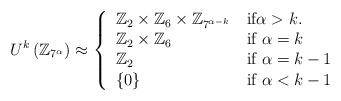
LaTeX: \begin{align*}U^{k}\left( \mathbb{Z}_{7^{\alpha}}\right) \approx\left\{\begin{tabular}[c]{ll}$\mathbb{Z}_{2}\times\mathbb{Z}_{6}\times\mathbb{Z}_{7^{\alpha-k}}$ & if$\alpha>k.$\\$\mathbb{Z}_{2}\times\mathbb{Z}_{6}$ & if $\alpha=k$\\$\mathbb{Z}_{2}$ & if $\alpha=k-1$\\$\left\{ 0\right\} $ & if $\alpha<k-1$\end{tabular}\right.\end{align*}